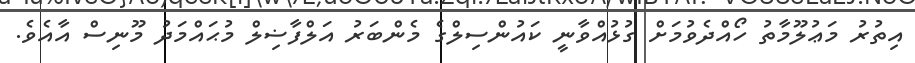
އިތުރު މަޢުލޫމާތު ހޯއްދެވުމަށް ގުޅުއްވާނީ ކައުންސިލްގެ މެންބަރު އަލްފާޟިލް މުޙައްމަދު މޫނިސް އާއެވެ.